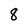
Character: 8